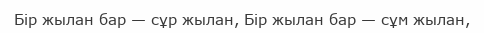
Бір жылан бар — сұр жылан, Бір жылан бар — сұм жылан,